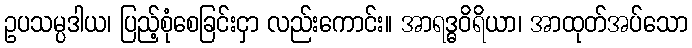
ဥပသမ္ပဒါယ၊ ပြည့်စုံစေခြင်းငှာ လည်းကောင်း။ အာရဒ္ဓဝိရိယာ၊ အာထုတ်အပ်သော